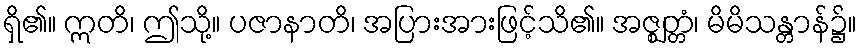
ရှိ၏။ ဣတိ၊ ဤသို့။ ပဇာနာတိ၊ အပြားအားဖြင့်သိ၏။ အဇ္ဈတ္တံ၊ မိမိသန္တာန်၌။